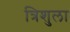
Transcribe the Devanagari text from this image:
त्रिशुला